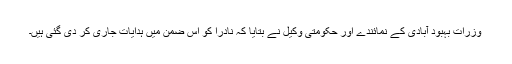
وزرات بہبود آبادی کے نمائندے اور حکومتی وکیل نے بتايا کہ نادرا کو اس ضمن ميں ہدايات جاری کر دی گئی ہيں۔